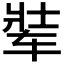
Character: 𬨋